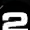
Digit: 2